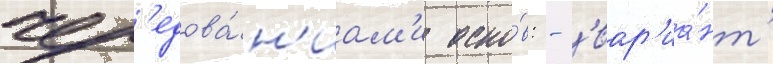
чер'едова́н'иам'и осно́в: - 'вар'иа́нт'